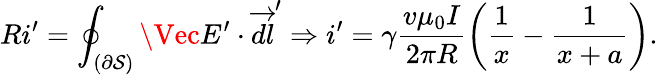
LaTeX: Ri^{\prime}=\oint_{(\partial\mathcal{S})}\Vec{E}^{\prime}\cdot\overrightarrow{dl}^{\prime}\Rightarrow i^{\prime}=\gamma\frac{v\mu_{0}I}{2\pi R}\left(\frac{1}{x}-\frac{1}{x+a}\right).